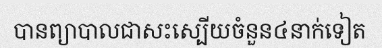
បានព្យាបាលជាសះស្បើយចំនួន៤នាក់ទៀត